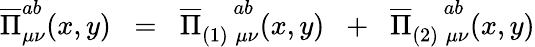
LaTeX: \overline{{{\Pi}}}_{\mu\nu}^{ab}(x,y)\; \; =\; \; \overline{{{\Pi}}}_{(1)\; \mu\nu}^{\; \; \; \; ab}(x,y)\; \; +\; \; \overline{{{\Pi}}}_{(2)\; \mu\nu}^{\; \; \; \; ab}(x,y)